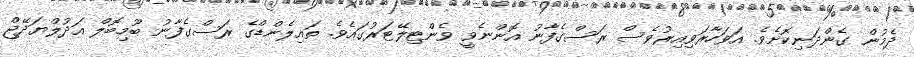
ދެމުން ގެންދަނިކޮށެވެ. އަވަހާރަވިއިރުވެސް ރަސްގެފާނު އޮންނެވީ ވެންޓިލޭޓަރުގައެވެ. ތައިލެންޑްގެ ރަސްގެފާނު ބޫމިބޮލް އަދުލްޔަދޭޖް